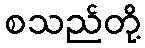
စသည်တို့